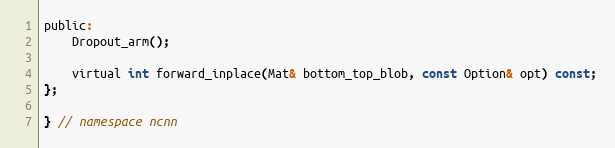
Language: C
public:
    Dropout_arm();

    virtual int forward_inplace(Mat& bottom_top_blob, const Option& opt) const;
};

} // namespace ncnn